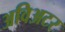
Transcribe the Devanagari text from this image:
अविअटर